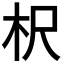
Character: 𣏧